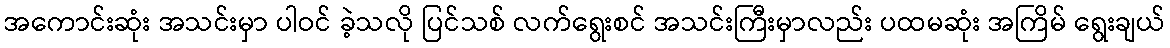
အကောင်းဆုံး အသင်းမှာ ပါဝင် ခဲ့သလို ပြင်သစ် လက်ရွေးစင် အသင်းကြီးမှာလည်း ပထမဆုံး အကြိမ် ရွေးချယ်